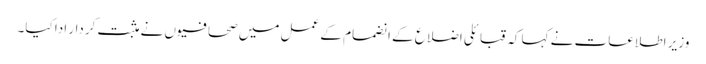
وزیر اطلاعات نے کہا کہ قبائلی اضلاع کے انضمام کے عمل میں صحافیوں نے مثبت کردار ادا کیا۔